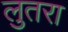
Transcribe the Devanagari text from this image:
लुतरा